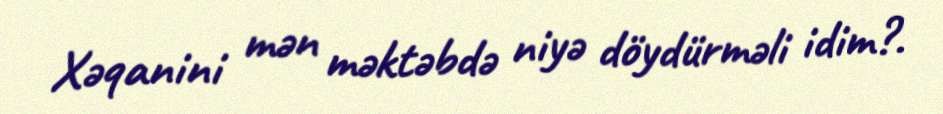
Xəqanini mən məktəbdə niyə döydürməli idim?.